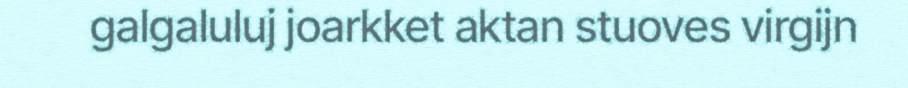
galgaluluj joarkket aktan stuoves virgijn